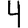
Digit: 4